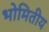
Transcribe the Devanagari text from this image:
भोमितीय